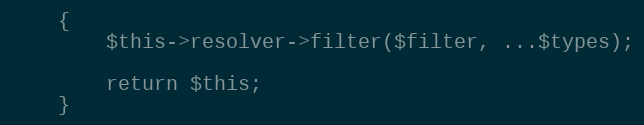
Language: PHP
    {
        $this->resolver->filter($filter, ...$types);

        return $this;
    }